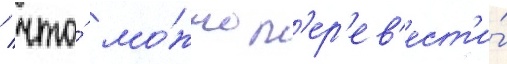
/ что́ мо́жно п'ер'ев'ест'и́